Annual report on the working of the Harcourt Butler Institute of Public Health, Rangoon
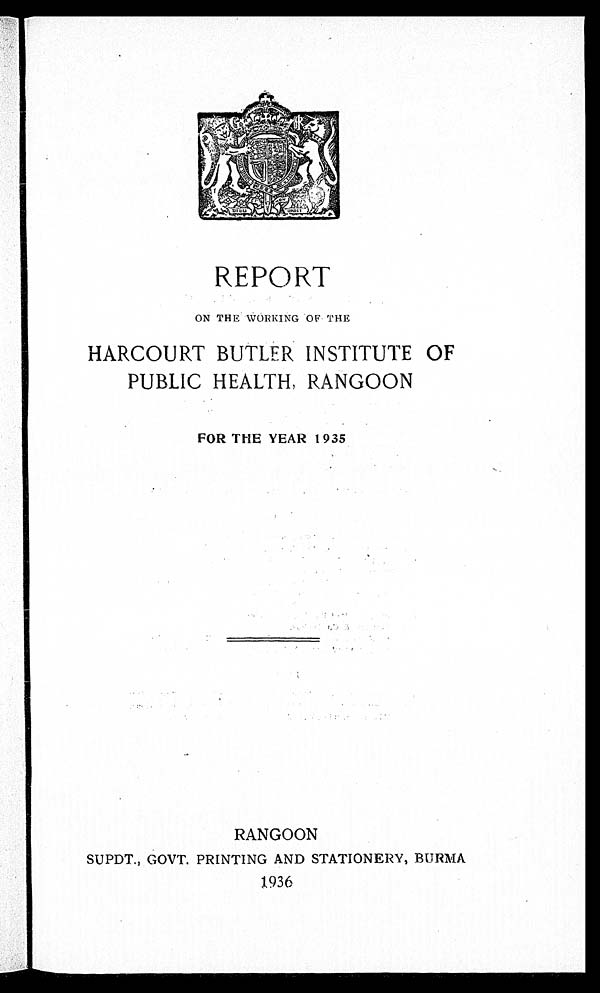
REPORT
ON THE WORKING OF THE
HARCOURT BUTLER INSTITUTE OF
PUBLIC HEALTH, RANGOON
FOR THE YEAR 1935
RANGOON
SUPDT., GOVT. PRINTING AND STATIONERY, BURMA
1936